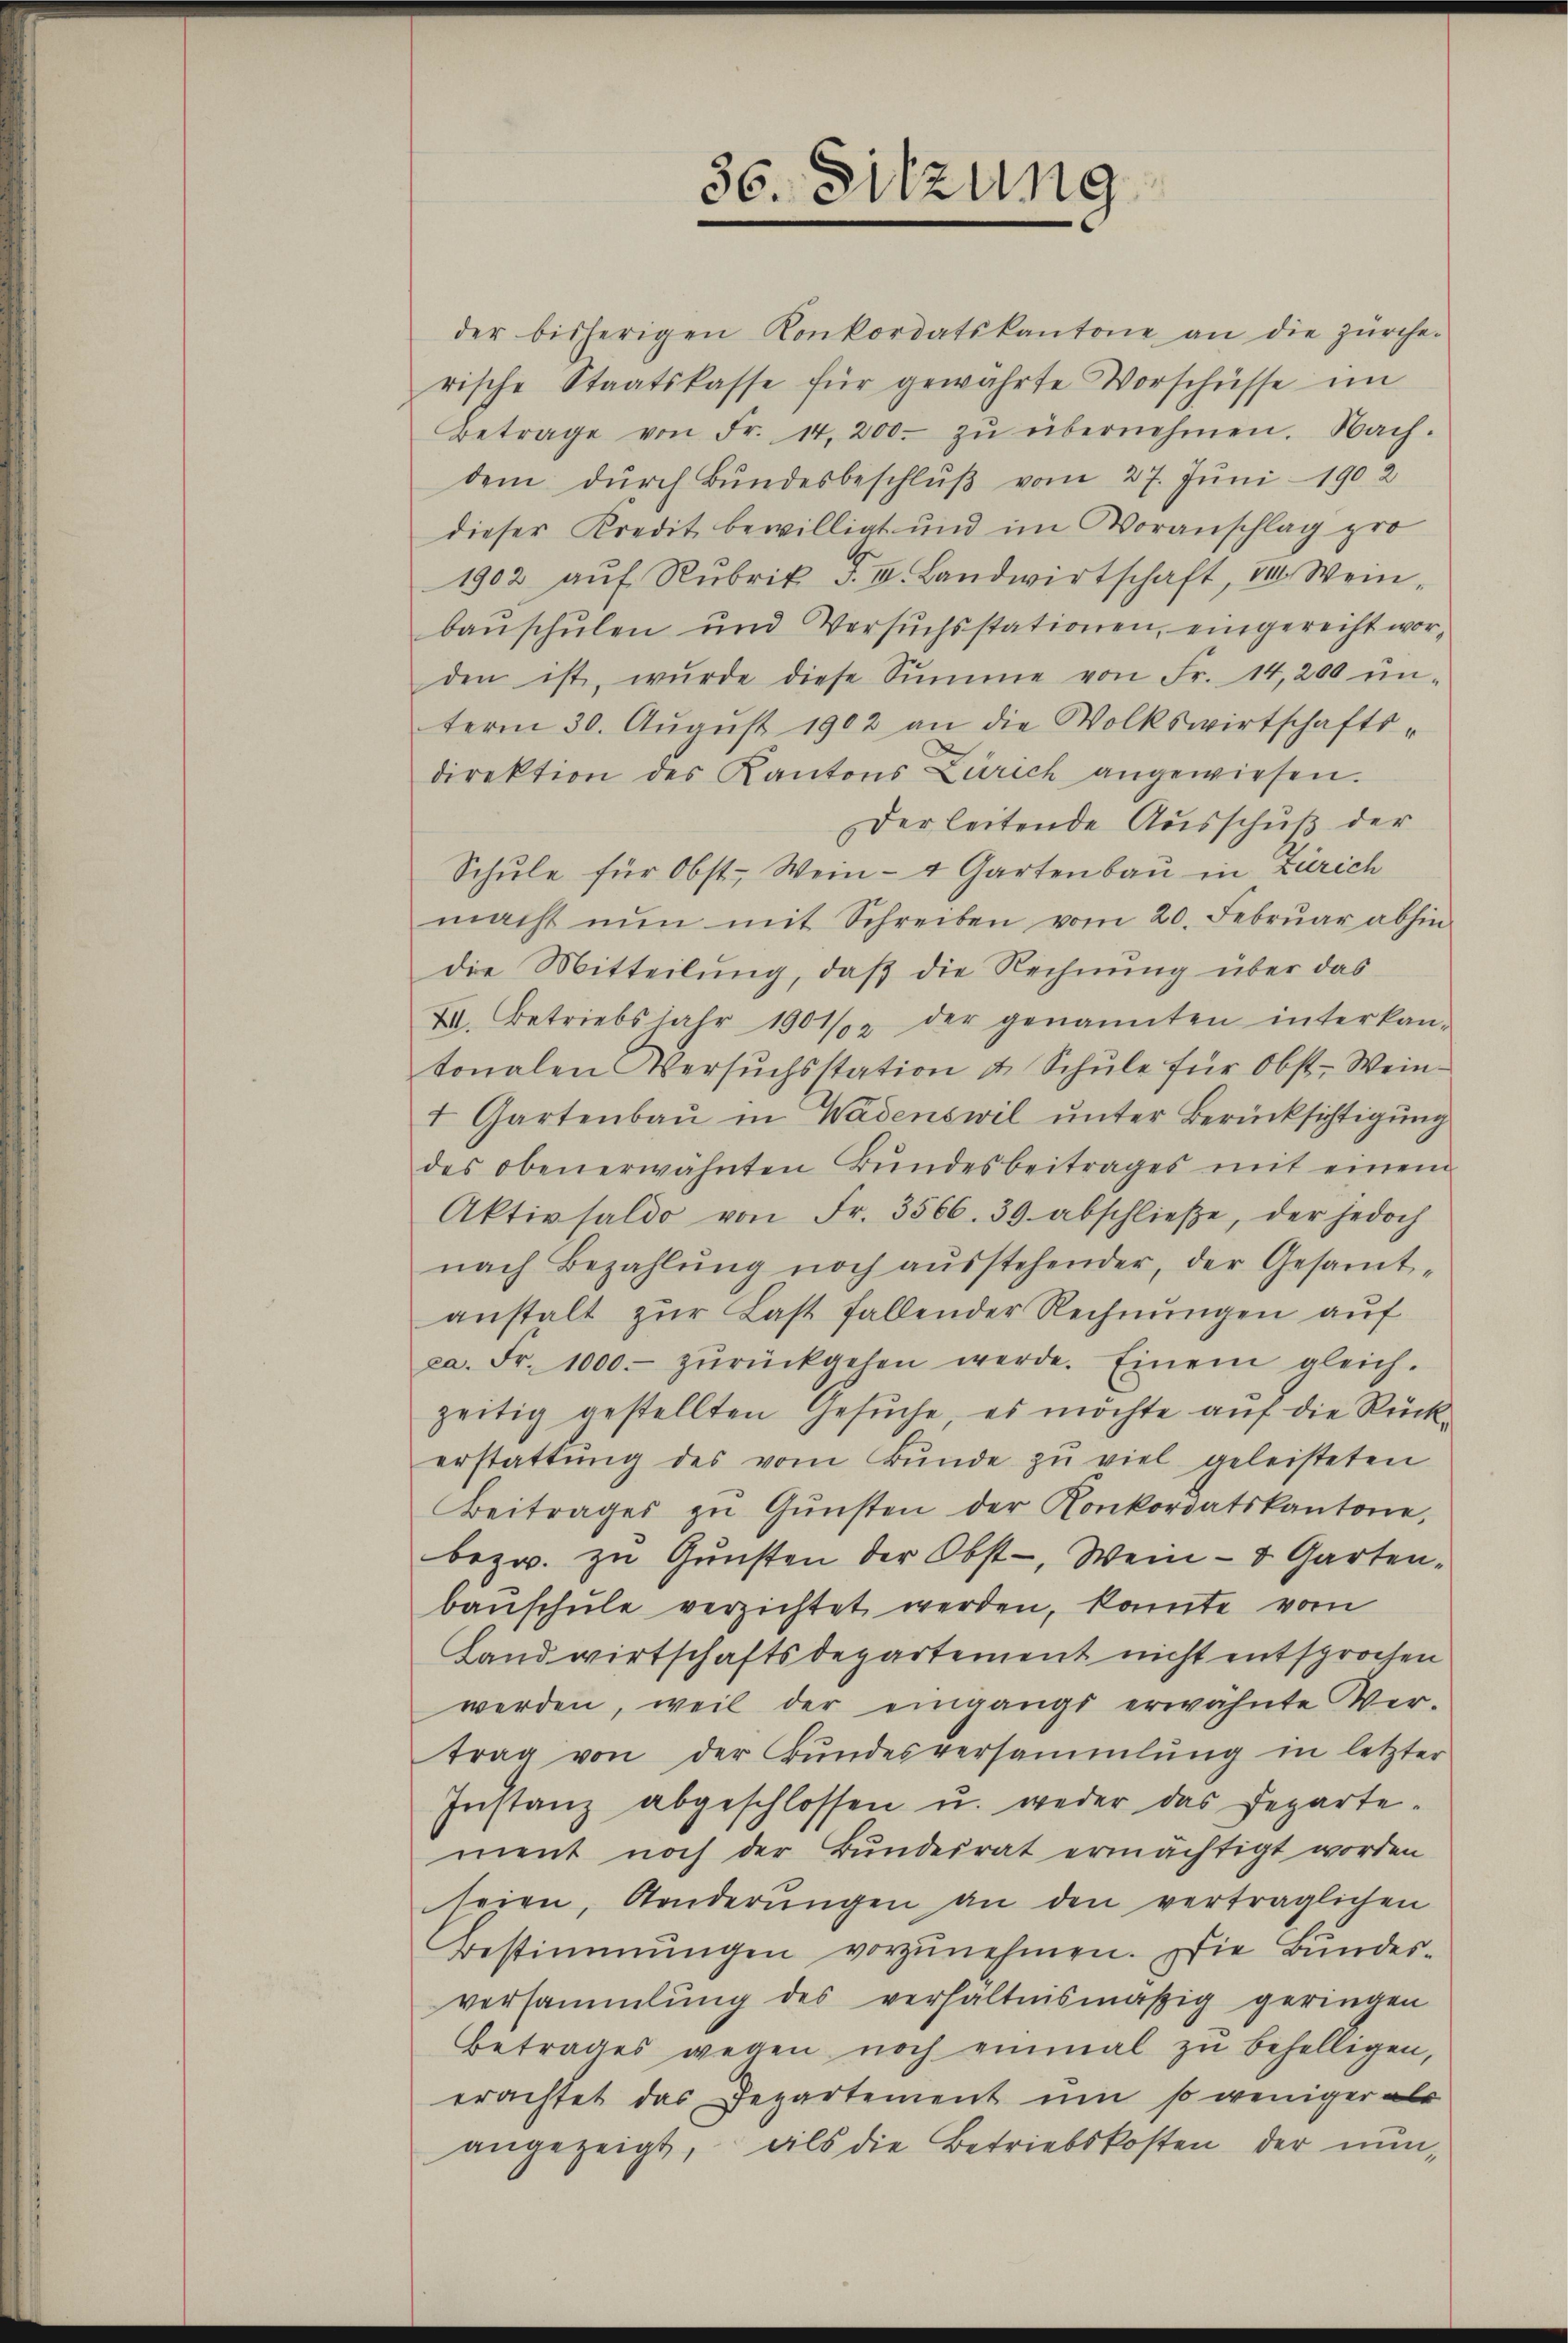
der bisherigen Konkordatskantone an die zürche-
rische Staatskasse für gewährte Vorschüsse im
Betrage von Fr. 14,200. zŭ übernehmen. Nach-
dem dŭrch Bŭndesbeschlŭβ vom 27. Jŭni 1902
dieser Kredit bewilligt und im Voranschlag pro
1902 aŭf Rubrik F. v. Landwirtschaft, zu Weinbaŭschŭlen und Versŭchsstationen, eingerecht wor-
den ist, wurde diese Summe von Fr. 14,200 ŭn-
term 30. Aŭgŭst 1902 an die Wolkswirtschafts-
2
direktion des Kantons Zürich angewiesen.
Der leitende Ausschuß der
Schule für Obst. Wein- & Gartenbau in Zürich
macht nun mit Schreiben vom 20. Febrŭar abhin
die Mitteilung, daß die Rechnung über das
XII. Betriebsfahr 1901/2 der genannten interkan-
tonalen Versŭchsstation u. Schŭle für Obst- Wein-
1 Gartenbaŭ in Wadenswil ŭnter Berücksichtigŭng
des obenerwähnten Bŭndesbeitrages mit einen
Aktivsaldo von Fr. 3566. 39. abschlieβe, der jedoch
nach Bezahlŭng noch aŭsstehender, der Gesamt-
anstalt zur Last fallender Rechnungen auf
ca. Fr. 1000. zŭrückgehen werde. Einem gleich-
zeitig gestellten Gesuche, es möchte auf die Rückerstattŭng des vom Bŭnde zŭ viel geleisteten
Beitrages zŭ Gŭnsten der Konkordatskantone,
bezw. zu Gunsten der Obst-, Wein- & Garten-
bauschule verzichtet werden, konnte vom
Landwirtschaftsdepartement nicht entsprochen
werden, weil der eingange erwähnte Ver-
trag von der Bundesversammlung in letzter
Instanz abgeschlossen u. weder das Departe-
ment noch der Bundesrat ermächtigt worden
seien, Anderŭngen an den verträglichen
Bestimmungen vorzunehmen. Die Bundesversammlung des verhältnismäßig geringen
Betrages wegen noch einmal zŭ behelligen,
erachtet das Departement um so weniger als
angezeigt, als die Betriebskosten der nun¬

36. Sitzung